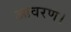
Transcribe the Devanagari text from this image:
आवरण।